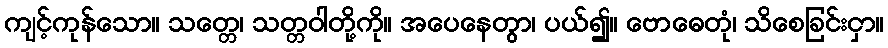
ကျင့်ကုန်သော။ သတ္တေ၊ သတ္တဝါတို့ကို။ အပေနေတွာ၊ ပယ်၍။ ဗောဓေတုံ၊ သိစေခြင်းငှာ။